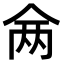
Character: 𬾇